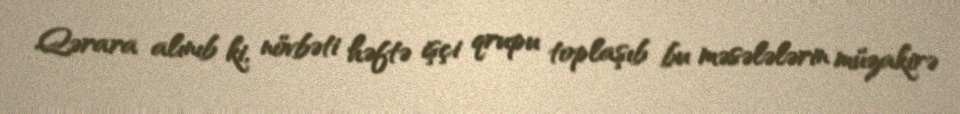
Qərara alınıb ki, növbəti həftə işçi qrupu toplaşıb bu məsələlərin müzakirə